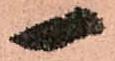
一